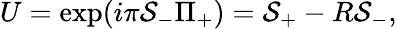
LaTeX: U=\exp(i\pi{\cal S}_{-}\Pi_{+})={\cal S}_{+}-R{\cal S}_{-},